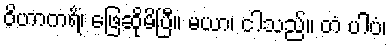
ဝိဟာကရိံ၊ ဖြေဆိုမိပြီ။ မယာ၊ ငါသည်။ တံ ပါပံ၊